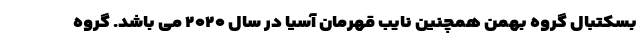
بسکتبال گروه بهمن همچنین نایب قهرمان آسیا در سال ۲۰۲۰ می باشد. گروه